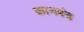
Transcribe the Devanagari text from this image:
कानमंत्र